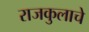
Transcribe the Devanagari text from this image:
राजकुलाचे